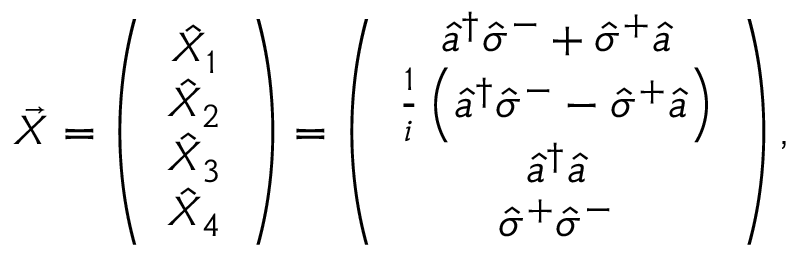
\vec { X } = \left( \begin{array} { c } { \hat { X } _ { 1 } } \\ { \hat { X } _ { 2 } } \\ { \hat { X } _ { 3 } } \\ { \hat { X } _ { 4 } } \end{array} \right) = \left( \begin{array} { c } { \hat { a } ^ { \dagger } \hat { \sigma } ^ { - } + \hat { \sigma } ^ { + } \hat { a } } \\ { \frac { 1 } { i } \left( \hat { a } ^ { \dagger } \hat { \sigma } ^ { - } - \hat { \sigma } ^ { + } \hat { a } \right) } \\ { \hat { a } ^ { \dagger } \hat { a } } \\ { \hat { \sigma } ^ { + } \hat { \sigma } ^ { - } } \end{array} \right) ,